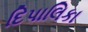
દિપાલિકા